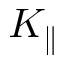
K _ { \parallel }